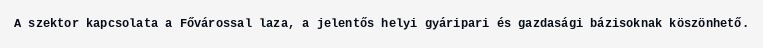
A szektor kapcsolata a Fővárossal laza, a jelentős helyi gyáripari és gazdasági bázisoknak köszönhető.